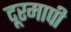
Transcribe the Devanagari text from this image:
दूरमापी